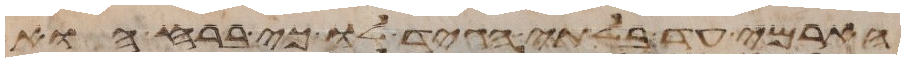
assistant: הארמי עד בלתי הגיד לו כי ברח הוא